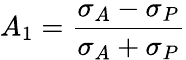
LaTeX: A_{1}={\frac{\sigma_{A}-\sigma_{P}}{\sigma_{A}+\sigma_{P}}}